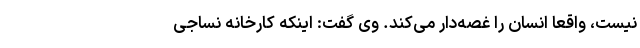
نیست، واقعا انسان را غصه‌دار می‌کند. وی گفت: اینکه کارخانه نساجی